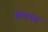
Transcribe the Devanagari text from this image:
विश्वभुज्‌